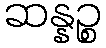
ဆန္နဉ္စ